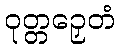
ဝုတ္တဉှေတံ